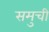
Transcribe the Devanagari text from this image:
समुची